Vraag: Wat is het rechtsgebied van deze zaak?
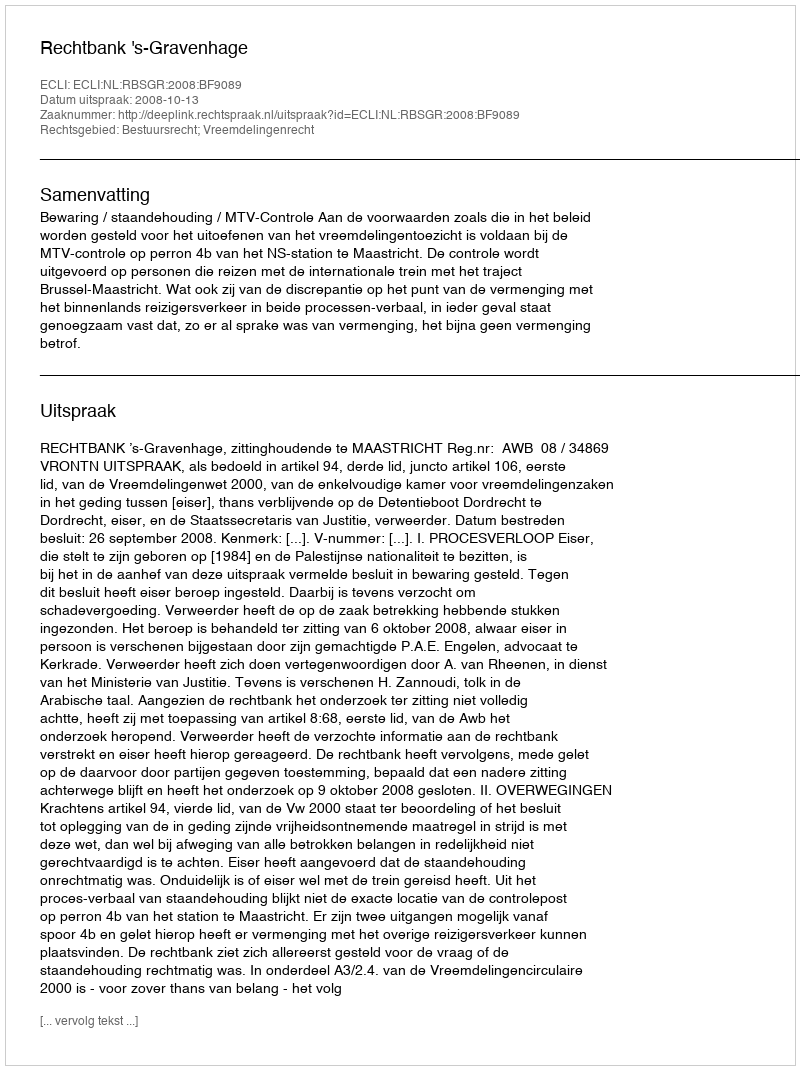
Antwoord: Bestuursrecht; Vreemdelingenrecht